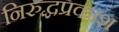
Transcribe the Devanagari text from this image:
निरुद्धप्रकाश